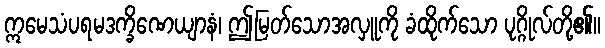
ဣမေသံပရမဒက္ခိဏေယျာနံ၊ ဤမြတ်သောအလှူကို ခံထိုက်သော ပုဂ္ဂိုလ်တို့၏။